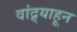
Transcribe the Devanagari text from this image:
वांद्र्याहून